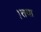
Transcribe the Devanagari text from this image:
।तया